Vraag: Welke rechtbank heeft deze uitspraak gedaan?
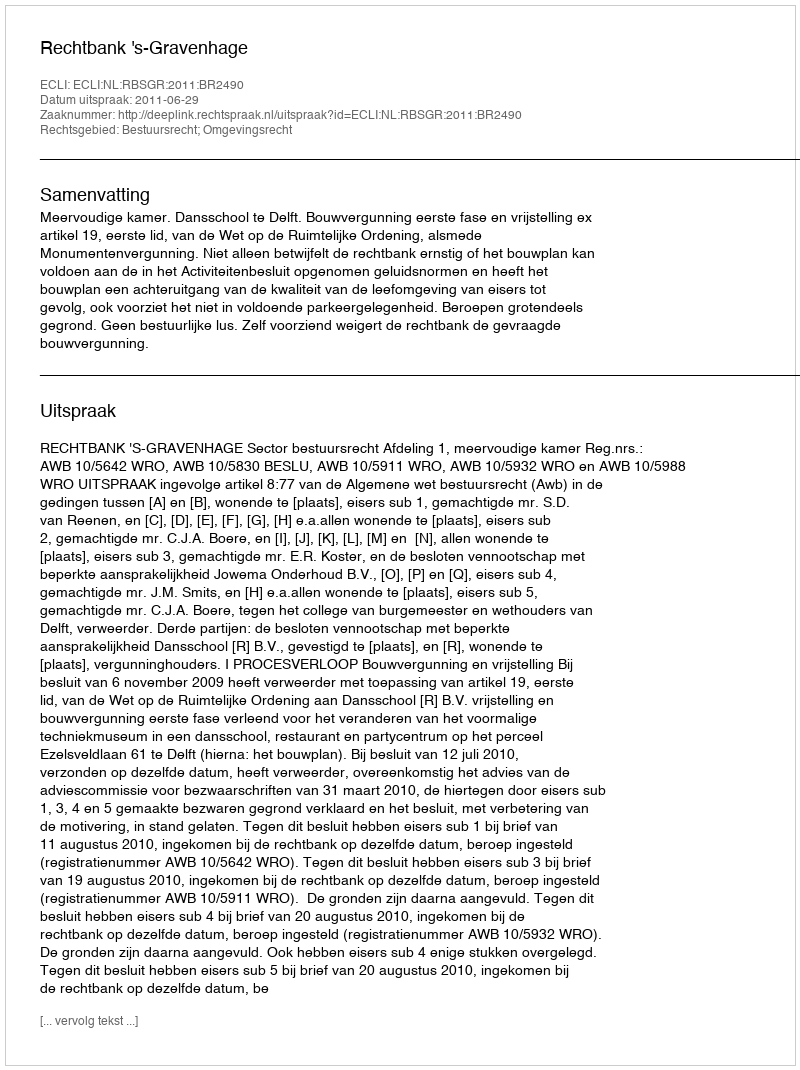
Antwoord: Rechtbank 's-Gravenhage